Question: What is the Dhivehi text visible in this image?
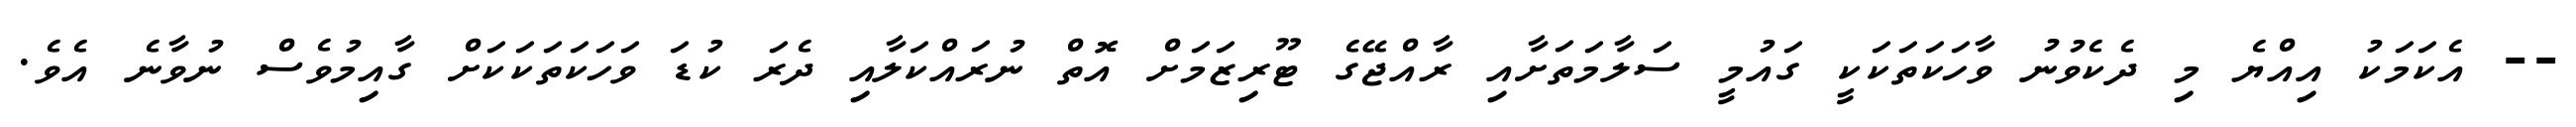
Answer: -- އެކަމަކު އިއްޔެ މި ދެކެވުނު ވާހަކަތަކަކީ ގައުމީ ސަލާމަތަށާއި ރާއްޖޭގެ ޓޫރިޒަމަށް އޮތް ނުރައްކަލާއި ދެރަ ކުޑަ ވަހަކަތަކަކަށް ގާއިމުވެސް ނުވާނެ އެވެ.